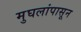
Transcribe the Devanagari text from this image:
मुघलांपासून